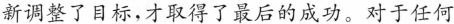
新调整子目标，才取得了最后的成功。对于任何